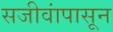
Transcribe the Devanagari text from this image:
सजीवांपासून